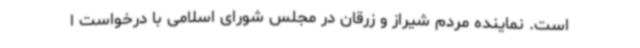
است. نماینده مردم شیراز و زرقان در مجلس شورای اسلامی با درخواست ا